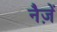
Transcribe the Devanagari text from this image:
नैज़ें